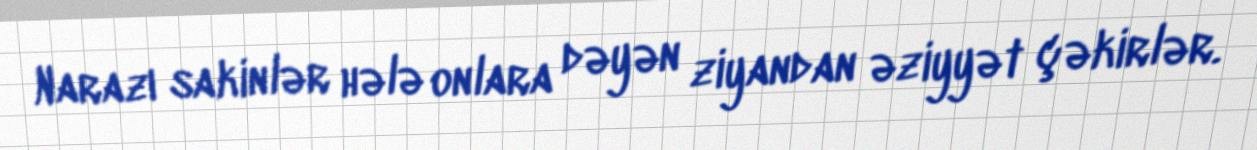
Narazı sakinlər hələ onlara dəyən ziyandan əziyyət çəkirlər.